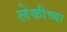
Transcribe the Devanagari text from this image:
लेकीच्या